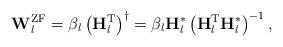
LaTeX: \begin{align*}\mathbf{W}^{\mathrm{ZF}}_l = \beta_l \left(\mathbf{H}_l^\mathrm{T}\right)^\dag = \beta_l \mathbf{H}_l^*\left(\mathbf{H}_l^\mathrm{T} \mathbf{H}_l^* \right)^{-1},\end{align*}